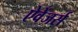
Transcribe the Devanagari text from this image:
ऐवेंजर्स